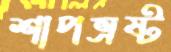
শাপভ্রষ্ট